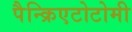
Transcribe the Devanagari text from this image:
पैन्क्रिएटोटोमी